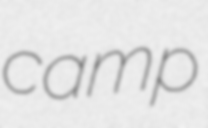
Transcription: camp